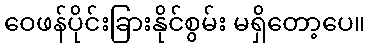
ဝေဖန်ပိုင်းခြားနိုင်စွမ်း မရှိတော့ပေ။